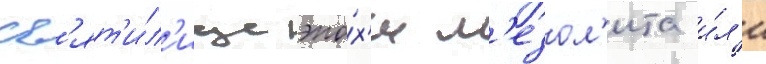
Св'ят'и́л'ище эпо́х'и м'езол'ита и́л'и